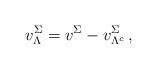
LaTeX: \begin{align*}v^{\Sigma}_{\Lambda}= v^{\Sigma} - v^{\Sigma}_{\Lambda^c} \, , \end{align*}